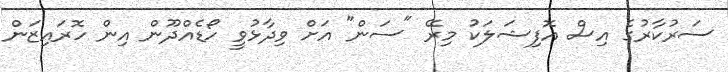
ސަރުކާރުގެ އިސް އޮފިޝަލަކު މިރޭ "ސަން" އަށް ވިދާޅުވީ ހޯޑެއްދޫން އިން ހޮރައިޒަން